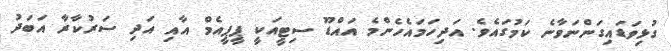
ގުޅިވަޑައިގަންނަވާނެ ކަމުގައެވެ. އަދިހަމައެހެންމެ އައްޑޫ ސިޓީއަކީ ޕީޕީއެމް އާއި އަދި ސަރުކާރާ އަބަދު